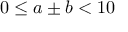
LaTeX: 0 \leq a \pm b < 1 0